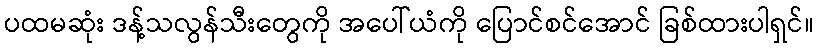
ပထမဆုံး ဒန့်သလွန်သီးတွေကို အပေါ်ယံကို ပြောင်စင်အောင် ခြစ်ထားပါရှင်။